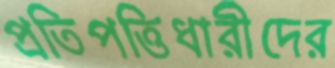
প্রতিপত্তিধারীদের